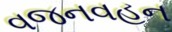
વજનવહન